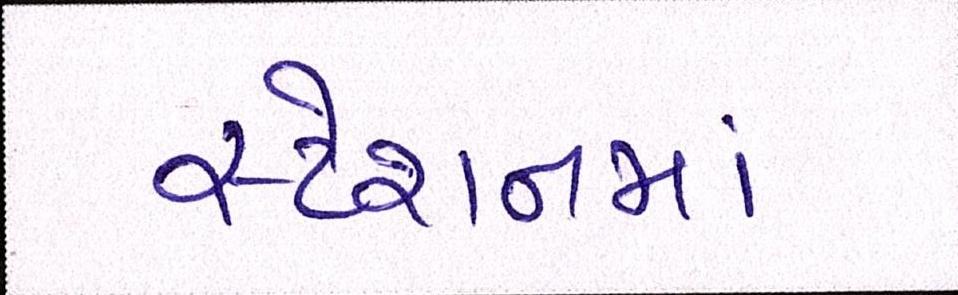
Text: સ્ટેશનમાં